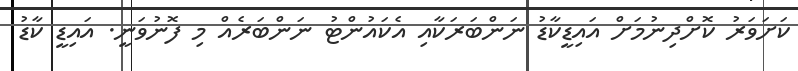
ކަށަވަރު ކޮށްދިނުމަށް އައިޑީކާޑު ނަންބަރަކާއި އެކައުންޓު ނަންބަރެއް މި ފޮނުވަނީ. އައިޑީ ކާޑު